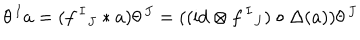
\theta ^ { \, I } a = ( f ^ { \, I } { } _ { J } \ast a ) \theta ^ { \, J } = ( ( \mathrm { i d } \otimes f ^ { \, I } { } _ { J } ) \circ \Delta ( a ) ) \theta ^ { \, J }